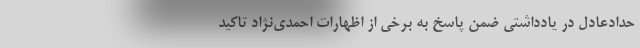
حدادعادل در یادداشتی ضمن پاسخ به برخی از اظهارات احمدی‌نژاد تاکید